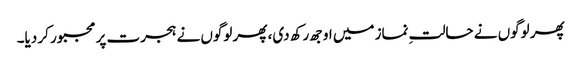
پھر لوگوں نے حالتِ نماز میں اوجھ رکھ دی، پھر لوگوں نے ہجرت پر مجبور کر دیا۔